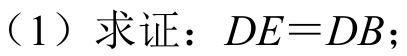
（1）求证：$DE = DB$；